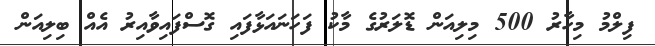
ފިލްމު މިހާރު 500 މިލިއަން ޑޮލަރުގެ މާކު ފަހަނައަޅާފައި ގޮސްފައިވާއިރު އެއް ބިލިއަން